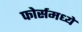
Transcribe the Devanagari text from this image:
फोर्समध्ये